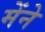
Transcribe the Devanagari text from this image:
मेंने